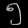
Digit: ၅